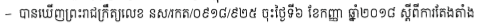
- បានឃើញព្រះរាជក្រឹត្យលេខ នស/រកត/០៩១៨/៩២៥ ចុះថ្ងៃទី៦ ខែកញ្ញា ឆ្នាំ២០១៨ ស្តីពីការតែងតាំង